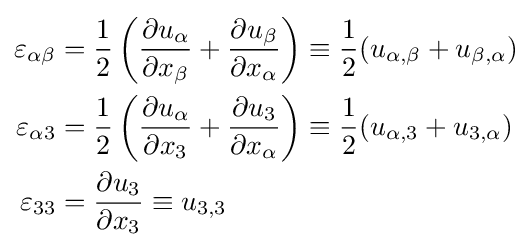
{\begin{aligned}\varepsilon _{\alpha \beta }&={\frac {1}{2}}\left({\frac {\partial u_{\alpha }}{\partial x_{\beta }}}+{\frac {\partial u_{\beta }}{\partial x_{\alpha }}}\right)\equiv {\frac {1}{2}}(u_{\alpha ,\beta }+u_{\beta ,\alpha })\\\varepsilon _{\alpha 3}&={\frac {1}{2}}\left({\frac {\partial u_{\alpha }}{\partial x_{3}}}+{\frac {\partial u_{3}}{\partial x_{\alpha }}}\right)\equiv {\frac {1}{2}}(u_{\alpha ,3}+u_{3,\alpha })\\\varepsilon _{33}&={\frac {\partial u_{3}}{\partial x_{3}}}\equiv u_{3,3}\end{aligned}}